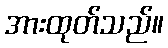
အားထုတ်သည်။